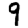
Digit: 9